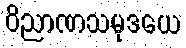
ဝိညာဏသမုဒယေ